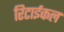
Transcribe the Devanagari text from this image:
रिटाईकल